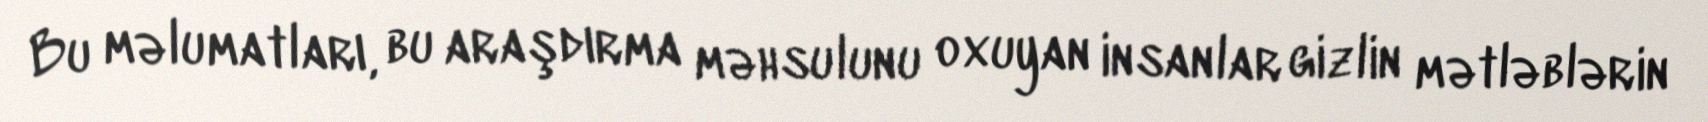
Bu məlumatları, bu araşdırma məhsulunu oxuyan insanlar gizlin mətləblərin